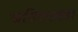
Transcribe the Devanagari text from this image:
खालिलप्रकारे